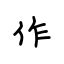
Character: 作